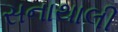
સનાથાલી